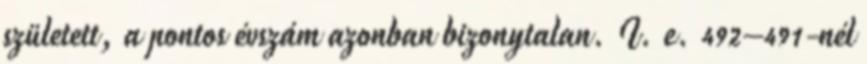
született, a pontos évszám azonban bizonytalan. I. e. 492–491-nél